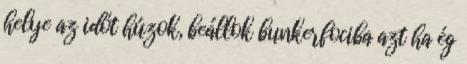
helye az időt húzok, beállok bunkerfociba azt ha ég